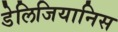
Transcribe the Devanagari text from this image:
डेलिजियानिस